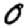
Digit: 0